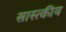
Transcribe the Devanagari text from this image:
सास्त्कीय